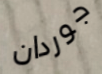
جوردان